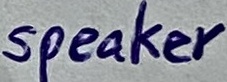
Text: speaker